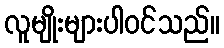
လူမျိုးများပါဝင်သည်။